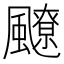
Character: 飉